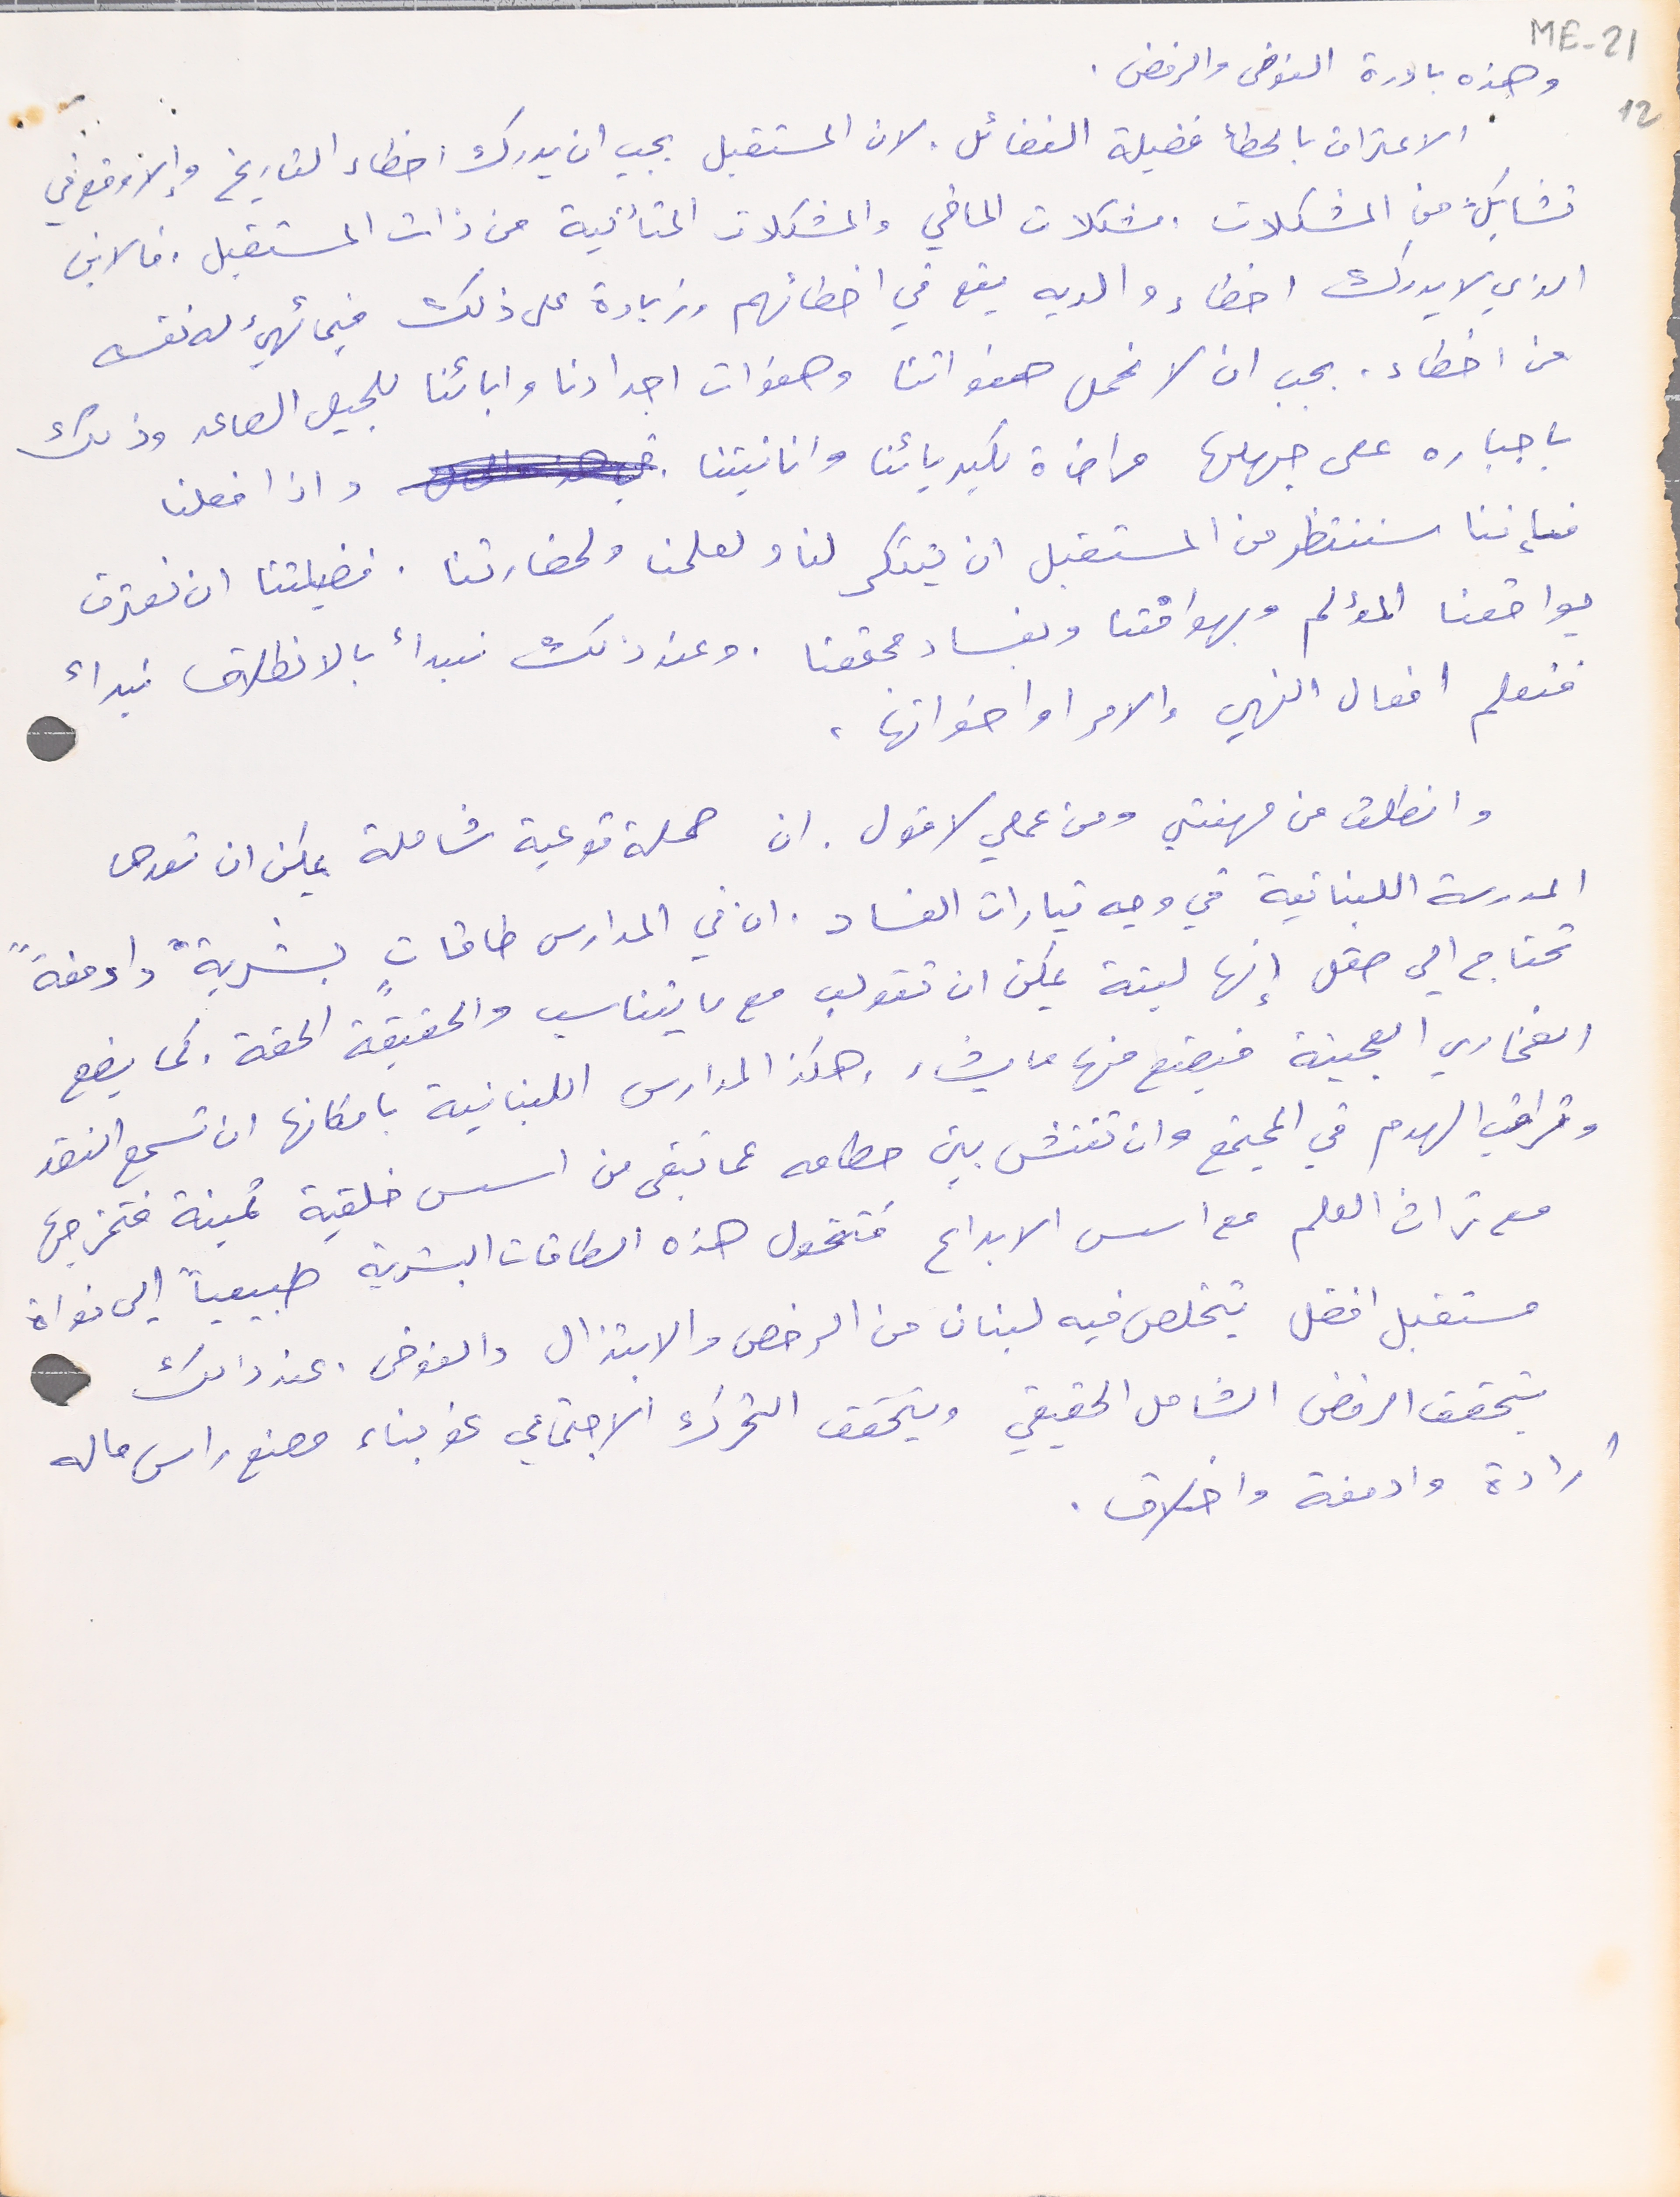
وهذه بادرة الفوضى والرفض.
الاعتراف بالخطأ فضيلة الفضائل. لان المستقبل يجب ان يدرك اخطاء التاريخ وإلا وقع في
 تشابك من المشكلات. مشكلات الماضي والمشكلات المتأتية من ذات المستقبل .فالابن
الذي لا يدرك اخطاء والديه يقع في اخطائهم وزيادة على ذلك فيما تهيئ له نفسه
من اخطاء. بجب ان لا نحمل هفواتنا وهفوات اجدادنا وابائنا للجيل الصاعد وذلك
باجباره على جهلها مراضاة لكبريائنا وانانيتنا واذا فعلنا
 فإننا سننتظر من المستقبل ان يتنكر لنا ولعلمنا ولحضارتنا، فضيلتنا ان نعترف
بواقعنا المؤلم وبهوافتنا وبفساد مجتمعنا. وعند ذلك نبدأ بالانطلاق نبدأ
فنعلم افعال النهي والامر او اخواتها،
 وانطلق من مهنتي ومن عملي لاقول. ان حملة توعية شاملة يمكن ان تعدها
المدرسة اللبنانية في وجه تيارات الفساد. ان في المدارس طاقاتٍ بشريةً وادمغةً
تحتاج الي صقل إنها لينة يمكن ان تقولب مع ما يتناسب والحقيقة الحقة. كما يضع
الفخاري العجينة فيصنع منها ما يشاء، وهكذ المدارس اللبنانية بامكانها ان تسمع النقد
وتراقب الهدم في المجتمع وان تفتش بين حطامه عما تبقى من اسس خلقية ثمينة فتخرجها
مع تراث العلم مع اسس الابداع فتحول هذه الطاقات البشرية طبيعياً إلى نواة
مستقبل افضل يتخلص فيه لبنان من الرخص والابتزال والفوضى.عند ذلك
يتحقق الرفض الشامل الحقيقي ويتحقق التحرك الاجتماعي نحو بناء مصنع راس ماله
ارادة وادمغة واخلاق.
ME-21 12